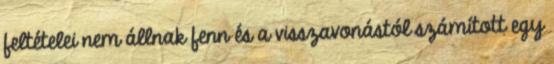
feltételei nem állnak fenn és a visszavonástól számított egy